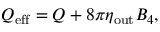
Q _ { \mathrm { e f f } } = Q + 8 \pi \eta _ { \mathrm { o u t } } B _ { 4 } ,